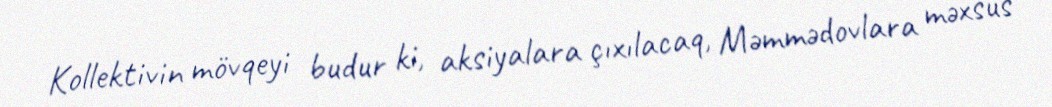
Kollektivin mövqeyi budur ki, aksiyalara çıxılacaq, Məmmədovlara məxsus